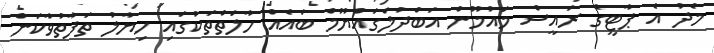
މެދު އެ ޕާޓީގެ ރައީސް މައުމޫން އަބްދުލްގައްޔޫމް ބައެއް ހާލަތްތަކުގައި ހިޔާލު ތަފާތުވާކަން